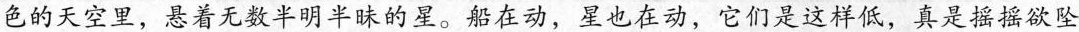
色的天空里，悬着无数半明半昧的星。船在动，星也在动，它们是这样低，真是摇摇欲坠